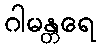
ဂါမန္တရေ